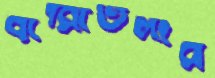
বারোতলার